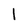
Character: I